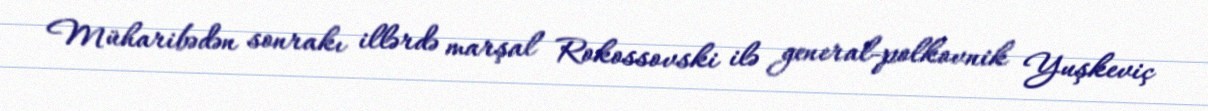
Müharibədən sonrakı illərdə marşal Rokossovski ilə general-polkovnik Yuşkeviç